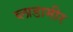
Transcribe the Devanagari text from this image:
व्लाडामीर